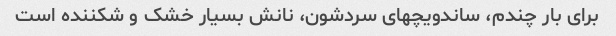
برای بار چندم، ساندویچهای سردشون، نانش بسیار خشک و شکننده است